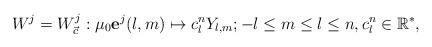
LaTeX: \begin{align*}W^j=W_{\vec{c}}^{j}:\mu_{0}\mathbf{e}^{j}(l,m)\mapsto c_{l}^{n}Y_{l,m};-l\leq m\leq l\leq n,c_{l}^{n}\in\mathbb{R}^{\ast} , \end{align*}